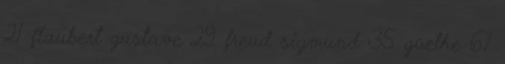
21 flaubert gustave 29 freud sigmund 35 goethe 67